EELK_Reigi_kogudus, lk 2
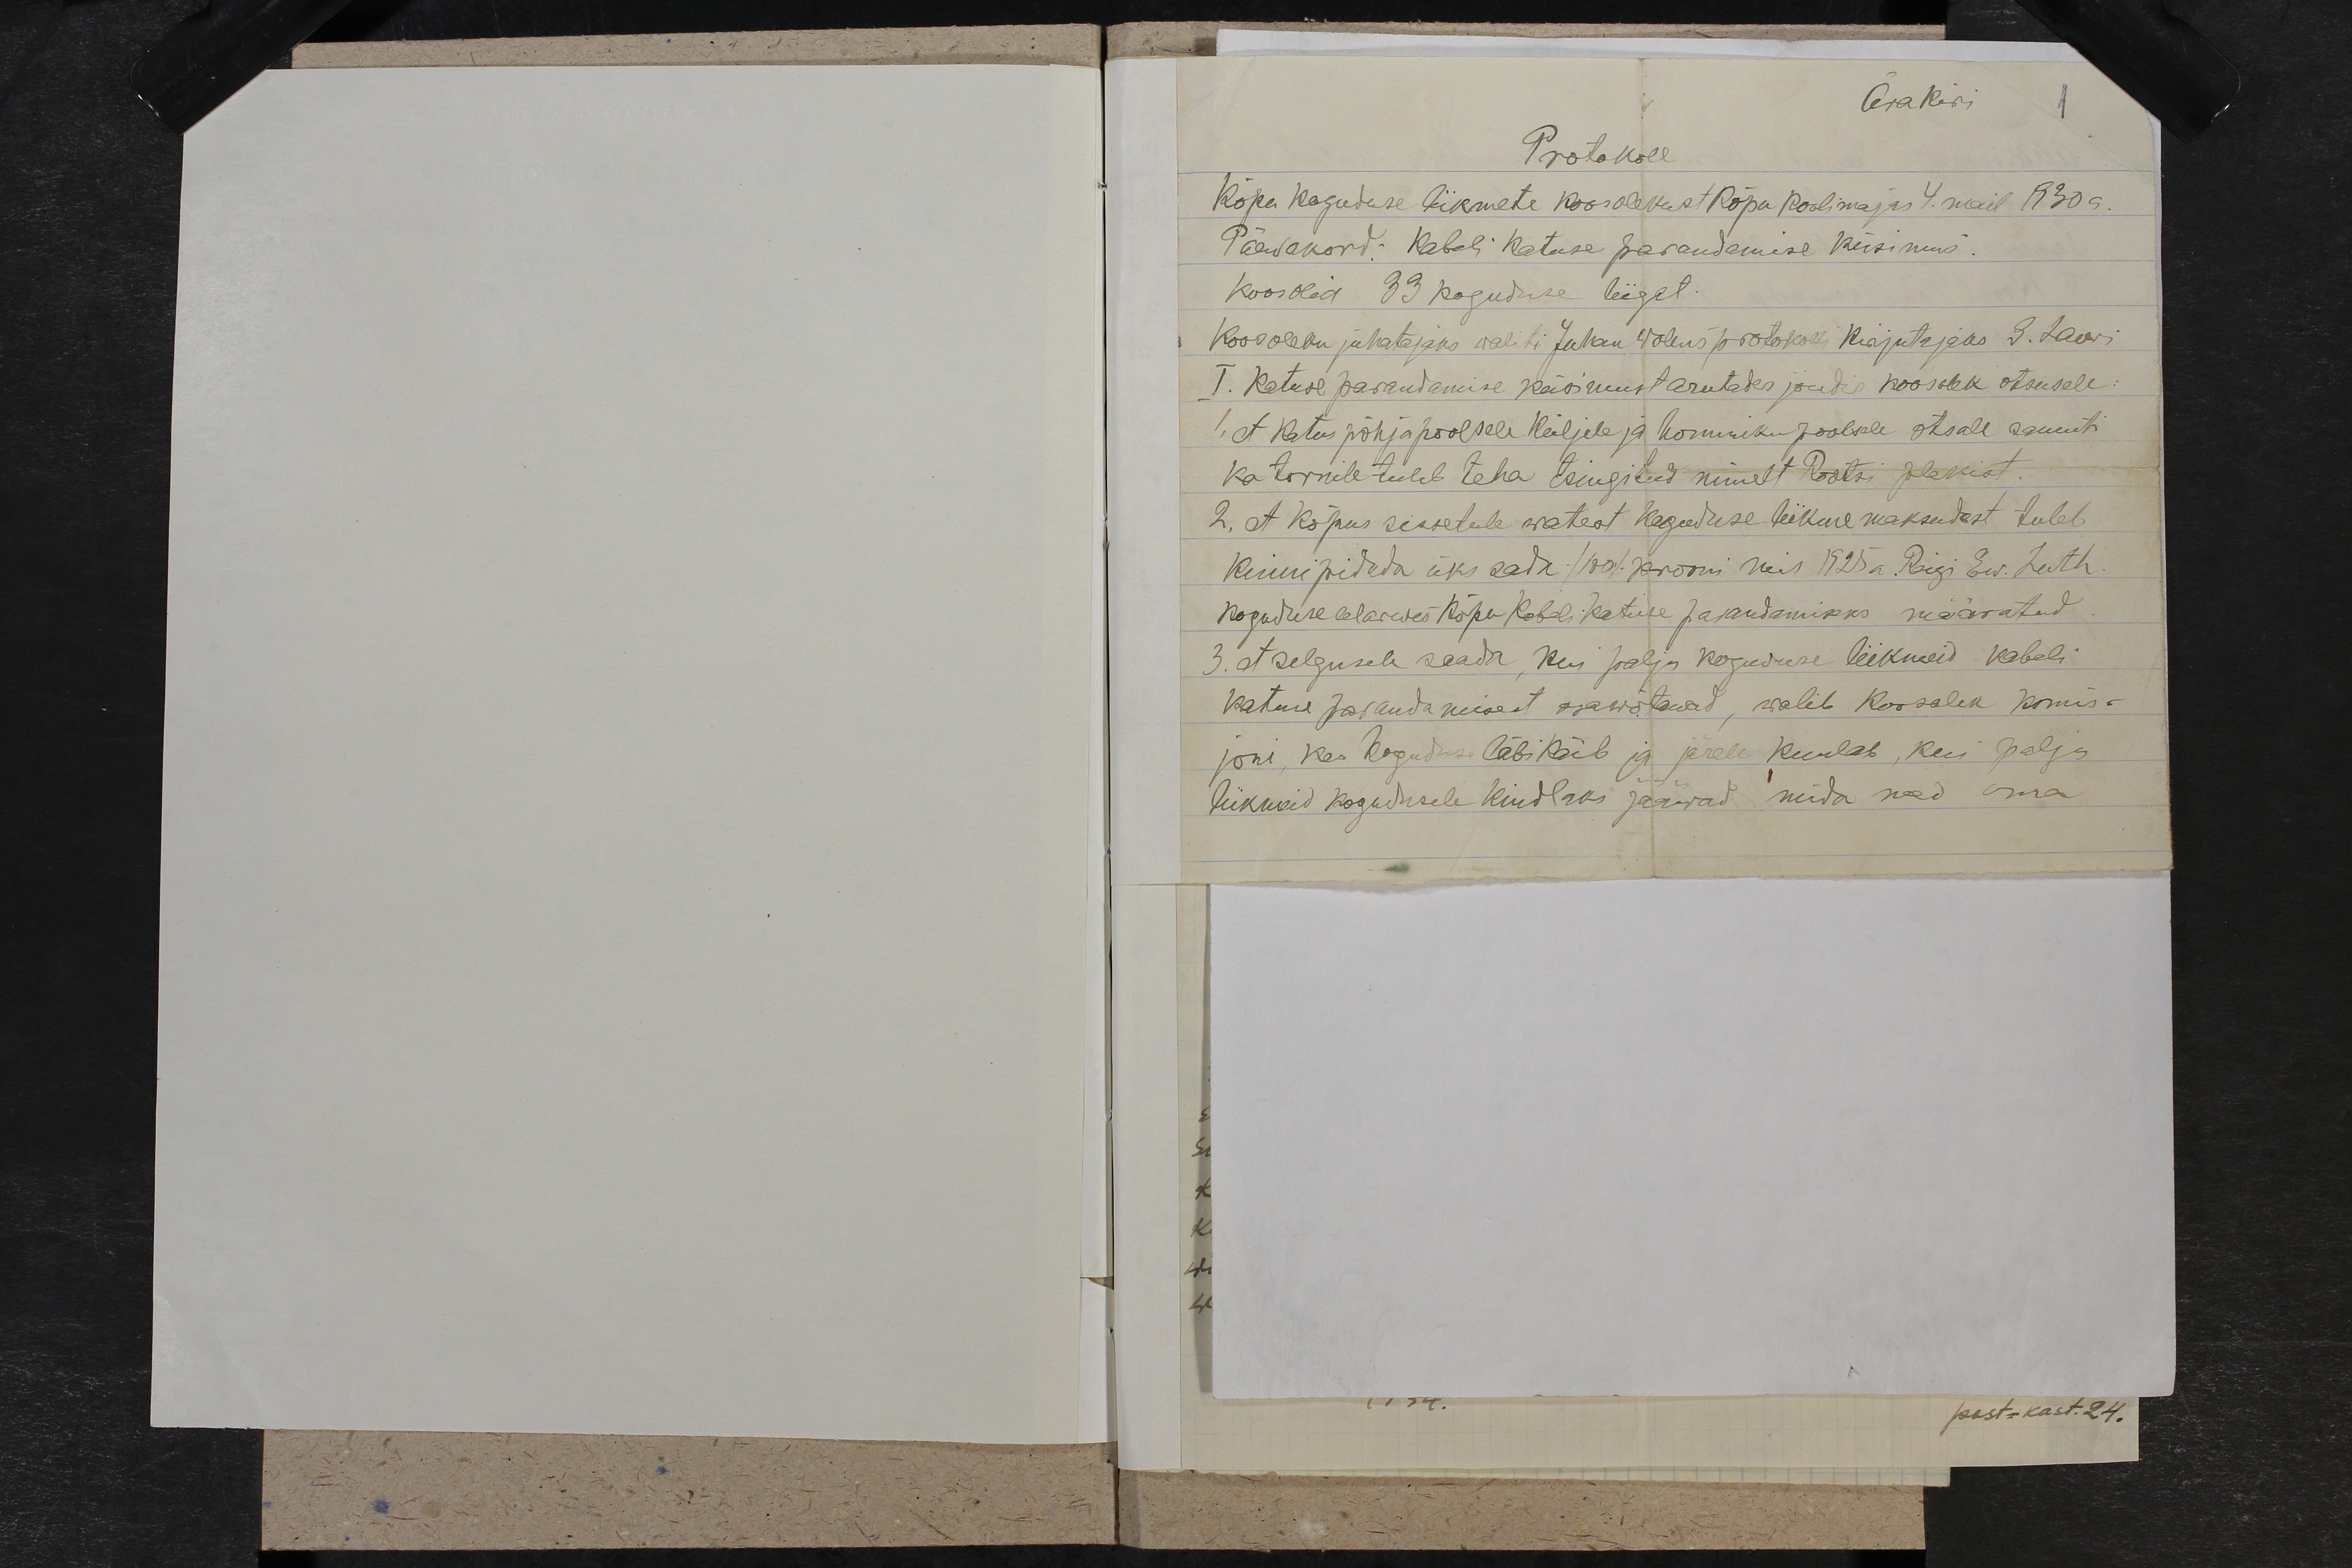
Ärakiri
1
Protokoll
Kõpu koguduse liikmete koosolekust Kõpu koolimajas 4. mail 1930 a.
Päewakord: Kabeli Katuse parandamise küsimus.
Koosolek 33 koguduse liigat.
Koosoleku juhatajaks waliti Juhan Wolens protokolli kirjutajaks S. Laar
I. Katuse parandamise küsimust arutades jõudis koosolek otsusele:
1. et Katus põhjapoolsele küljele ja kommikupoolsele otsale samuti
Ka tornile tuleb teha tsingitud nimelt Rootsi plekist
2. et Kõpus sissetulewatest koguduse liikme maksudest tuleb
Kinni pidada üks sada /100/ krooni, mis 1925a. Riigi Ew. Luth
koguduse elarwes Kõpu kabeli katuse parandamiseks määratud
3. et selgusele saada, kui palju koguduse liikmeid kabeli
katuse parandamisest osawõttawad, walib Koosolek Komis-
joni, kes koguduse läbikäib ja järele kuulab, kui palju
liikmeid kogudusele kindlaks jääwad mida nad oma